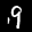
Label: 9